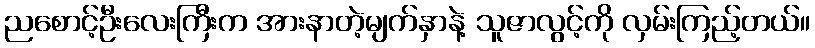
ညစောင့်ဦးလေးကြီးက အားနာတဲ့မျက်နှာနဲ့ သူဇာလွင့်ကို လှမ်းကြည့်တယ်။